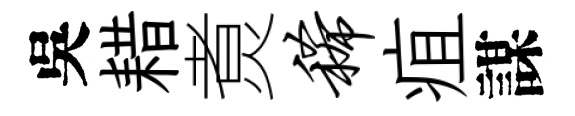
吳耤煑稀疽謀